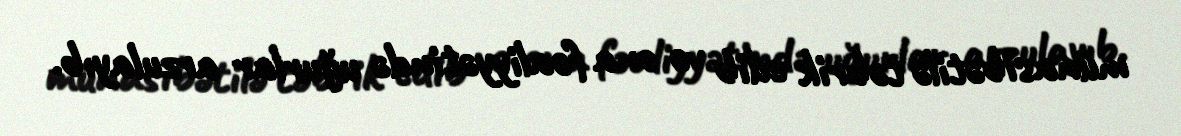
münasibətilə təbrik edib və ona fəaliyyətində uğurlar arzulayıb.